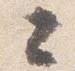
々